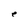
Character: e